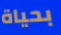
بحياة